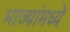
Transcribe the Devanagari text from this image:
भाज्यांमध्ये